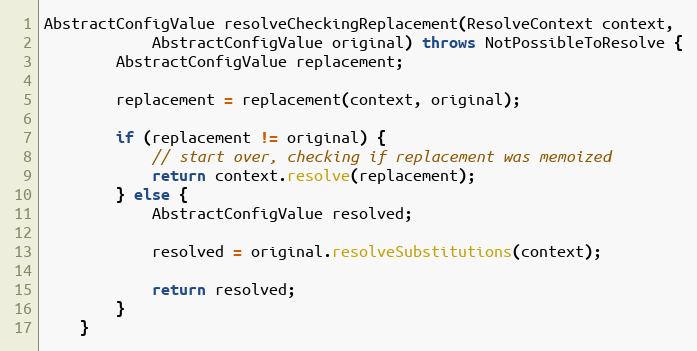
Language: Java
AbstractConfigValue resolveCheckingReplacement(ResolveContext context,
            AbstractConfigValue original) throws NotPossibleToResolve {
        AbstractConfigValue replacement;

        replacement = replacement(context, original);

        if (replacement != original) {
            // start over, checking if replacement was memoized
            return context.resolve(replacement);
        } else {
            AbstractConfigValue resolved;

            resolved = original.resolveSubstitutions(context);

            return resolved;
        }
    }